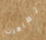
تظاهرت